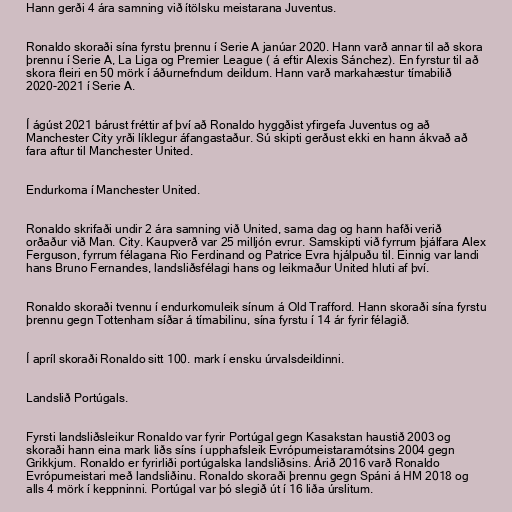
Hann gerði 4 ára samning við ítölsku meistarana Juventus.

Ronaldo skoraði sína fyrstu þrennu í Serie A janúar 2020. Hann varð annar til að skora
þrennu í Serie A, La Liga og Premier League ( á eftir Alexis Sánchez). En fyrstur til að
skora fleiri en 50 mörk í áðurnefndum deildum. Hann varð markahæstur tímabilið
2020-2021 í Serie A.

Í ágúst 2021 bárust fréttir af því að Ronaldo hyggðist yfirgefa Juventus og að
Manchester City yrði líklegur áfangastaður. Sú skipti gerðust ekki en hann ákvað að
fara aftur til Manchester United.

Endurkoma í Manchester United.

Ronaldo skrifaði undir 2 ára samning við United, sama dag og hann hafði verið
orðaður við Man. City. Kaupverð var 25 milljón evrur. Samskipti við fyrrum þjálfara Alex
Ferguson, fyrrum félagana Rio Ferdinand og Patrice Evra hjálpuðu til. Einnig var landi
hans Bruno Fernandes, landsliðsfélagi hans og leikmaður United hluti af því.

Ronaldo skoraði tvennu í endurkomuleik sínum á Old Trafford. Hann skoraði sína fyrstu
þrennu gegn Tottenham síðar á tímabilinu, sína fyrstu í 14 ár fyrir félagið.

Í apríl skoraði Ronaldo sitt 100. mark í ensku úrvalsdeildinni.

Landslið Portúgals.

Fyrsti landsliðsleikur Ronaldo var fyrir Portúgal gegn Kasakstan haustið 2003 og
skoraði hann eina mark liðs síns í upphafsleik Evrópumeistaramótsins 2004 gegn
Grikkjum. Ronaldo er fyrirliði portúgalska landsliðsins. Árið 2016 varð Ronaldo
Evrópumeistari með landsliðinu. Ronaldo skoraði þrennu gegn Spáni á HM 2018 og
alls 4 mörk í keppninni. Portúgal var þó slegið út í 16 liða úrslitum.